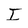
Character: I